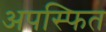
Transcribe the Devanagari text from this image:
अपस्फित